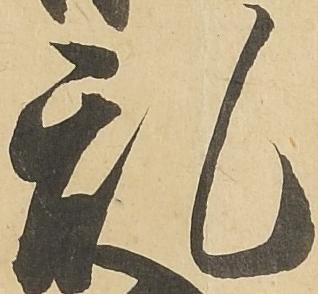
乱